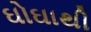
ઘોઘાથી